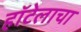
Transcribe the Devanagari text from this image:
हॉटेलाचा